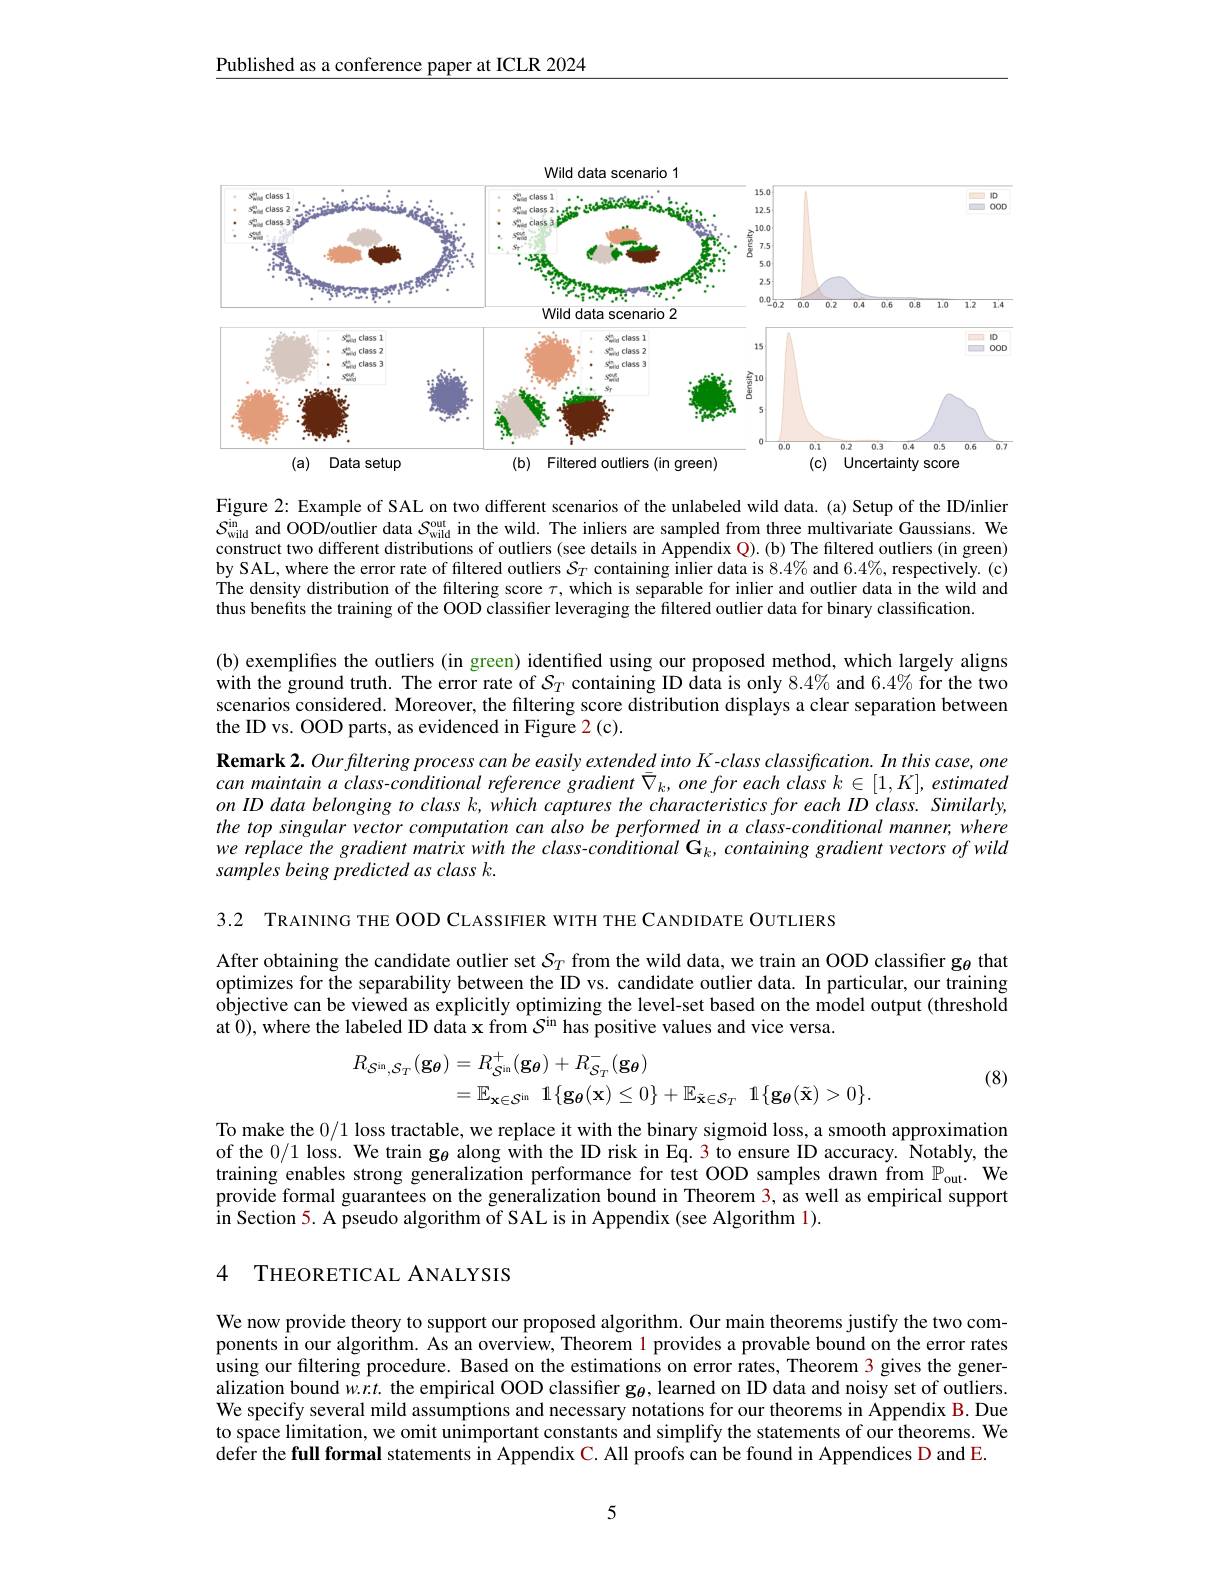
Published as a conference paper at ICLR 2024

<FigureHere>

Figure 2: Example of SAL on two different scenarios of the unlabeled wild data. (a) Setup of the ID/inlier $S_{\mathrm{wild}}^{\mathrm{in}}$ and OOD/outlier data $S_\mathrm{wild}^\mathrm{out}$ in the wild. The inliers are sampled from three multivariate Gaussians. We construct two different distributions of outliers (see details in Appendix Q). (b) The filtered outliers (in green) by SAL, where the error rate of filtered outliers $S_T$ containing inlier data is $8.4\%$ and $6.4\%$,respectively.(c) The density distribution of the filtering score $\tau$, which is separable for inlier and outlier data in the wild and thus benefits the training of the OOD classifier leveraging the filtered outlier data for binary classification.
(b) exemplifies the outliers (in green) identified using our proposed method, which largely aligns with the ground truth. The error rate of $S_T$ containing ID data is only $8.4\%$ and $6.4\%$ for the two scenarios considered. Moreover, the filtering score distribution displays a clear separation between the ID vs. OOD parts, as evidenced in Figure 2(c).
$\textbf{Remark 2. Ourfltering process can be easily extended into K- class classification. In this case, one}$ can maintain a class-conditional reference gradient $\bar{\nabla } _k, one\textit{for each class }k\in [ 1, K] , estimated$ on ID data belonging to class k, which captures the characteristics for each ID class. Similarly, the top singular vector computation can also be performed in a class-conditional manner, where we replace the gradient matrix with the class-conditional G_{k}, containing gradient vectors of wild samples being predicted as class k.

3.2 TRAINING THE OOD CLASSIFIER WITH THE CANDIDATE OUTLIERS

After obtaining the candidate outlier set $S_T$ from the wild data, we train an OOD classifier g$_{\theta}$ that optimizes for the separability between the ID vs. candidate outlier data. In particular, our training objective can be viewed as explicitly optimizing the level-set based on the model output (threshold at $\tilde{0})$, where the labeled ID data x from $S^\mathrm{in}$ has positive values and vice versa.

(8)
$$\begin{aligned}R_{\mathcal{S}^{\mathrm{in}},\mathcal{S}_{T}}(\mathbf{g}_{\boldsymbol{\theta}})&=R_{\mathcal{S}^{\mathrm{in}}}^{+}(\mathbf{g}_{\boldsymbol{\theta}})+R_{\mathcal{S}_{T}}^{-}(\mathbf{g}_{\boldsymbol{\theta}})\\&=\mathbb{E}_{\mathbf{x}\in\mathcal{S}^{\mathrm{in}}}\:\mathbb{1}\{\mathbf{g}_{\boldsymbol{\theta}}(\mathbf{x})\leq0\}+\mathbb{E}_{\tilde{\mathbf{x}}\in\mathcal{S}_{T}}\:\mathbb{1}\{\mathbf{g}_{\boldsymbol{\theta}}(\tilde{\mathbf{x}})>0\}.\end{aligned}$$
To make the 0/1 loss tractable, we replace it with the binary sigmoid loss, a smooth approximation of the 0/1 loss. We train g$_{\theta}$ along with the ID risk in Eq. 3 to ensure ID accuracy. Notably, the training enables strong generalization performance for test OOD samples drawn from $\mathbb{P}_\mathrm{out}.$ We provide formal guarantees on the generalization bound in Theorem 3, as well as empirical support in Section 5. A pseudo algorithm of SAL is in Appendix (see Algorithm 1).

### 4 THEORETICAL ANALYSIS

We now provide theory to support our proposed algorithm. Our main theorems justify the two components in our algorithm. As an overview, Theorem 1 provides a provable bound on the error rates using our filtering procedure. Based on the estimations on error rates, Theorem 3 gives the generalization bound $w.r.t.$ the empirical OOD classifier g$_{\theta}$, learned on ID data and noisy set of outliers. We specify several mild assumptions and necessary notations for our theorems in Appendix B. Due to space limitation, we omit unimportant constants and simplify the statements of our theorems. We defer the full formal statements in Appendix C. All proofs can be found in Appendices D and E.

5